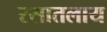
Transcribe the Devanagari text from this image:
रसातलाय